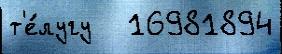
т'е́лугу   16981894